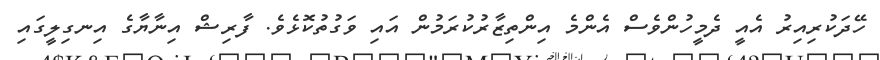
ހޭދަކުރިއިރު އެއީ ދެމީހުންވެސް އެންމެ އިންތިޒާރުކުރަމުން އައި ވަގުތުކޮޅެވެ. ފާރިޝް އިނާޔާގެ އިނގިލީގައި